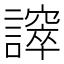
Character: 𧬵